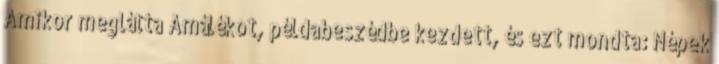
Amikor meglátta Amálékot, példabeszédbe kezdett, és ezt mondta: Népek